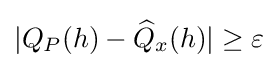
|Q_{P}(h)-{\widehat {Q}}_{x}(h)|\geq \varepsilon